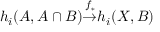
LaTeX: { } \quad h _ { i } ( A , A \cap B ) { \overset { f _ { * } } { \to } } h _ { i } ( X , B )